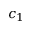
c _ { 1 }